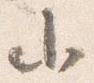
小